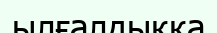
ылғалдыққа